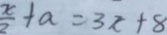
\frac { x } { 2 } + a = 3 x + 8